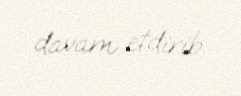
davam etdirib.